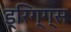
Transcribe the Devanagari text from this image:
ड्रिग्ग्स